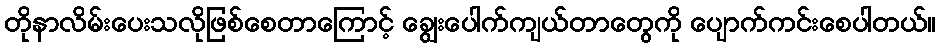
တိုနာလိမ်းပေးသလိုဖြစ်စေတာကြောင့် ချွေးပေါက်ကျယ်တာတွေကို ပျောက်ကင်းစေပါတယ်။